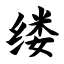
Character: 缕